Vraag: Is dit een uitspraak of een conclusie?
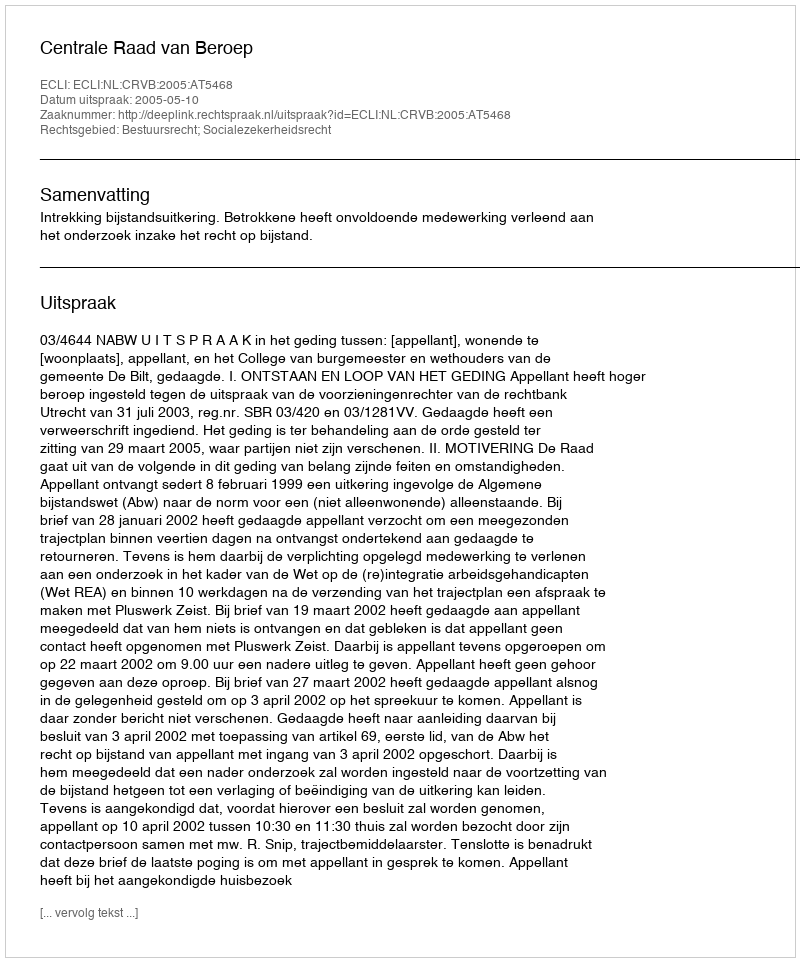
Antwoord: Uitspraak